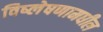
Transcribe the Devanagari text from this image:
विष्लेषणामधील